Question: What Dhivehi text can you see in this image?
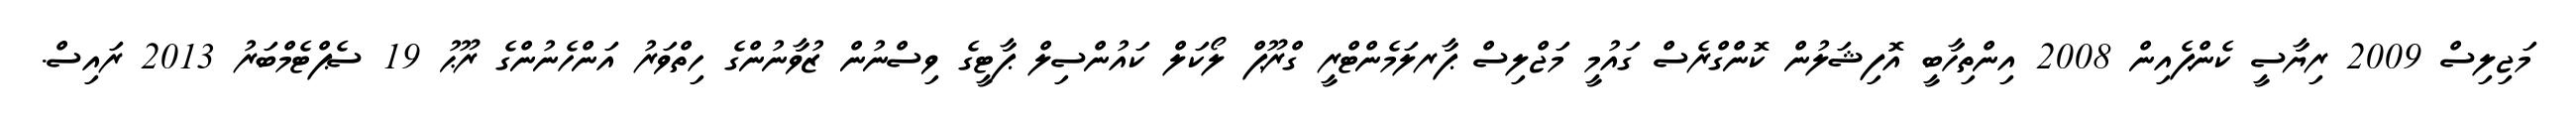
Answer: މަޖިލިސް 2009 ރިޔާސީ ކެންޕެއިން 2008 އިންތިހާބީ އޮފިޝަލުން ކޮންގްރެސް ގައުމީ މަޖްލިސް ޕާރލަމެންޓްރީ ގްރޫޕް ލޯކަލް ކައުންސިލް ޕާޓީގެ ވިސްނުން ޒުވާނުންގެ ހިތްވަރު އަންހެނުންގެ ރޫޙު 19 ސެޕްޓެމްބަރު 2013 ރައިސް.